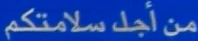
منأجلسلامتكم